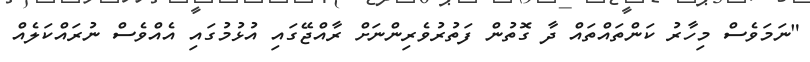
"ނަމަވެސް މިހާރު ކަންތައްތައް ދާ ގޮތުން ފަތުރުވެރިންނަށް ރާއްޖޭގައި އުޅުމުގައި އެއްވެސް ނުރައްކަލެއް